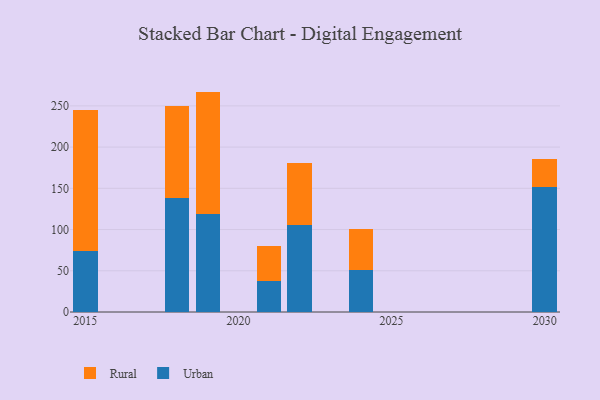
{"axis": {"x": "Year", "y": "Revenue (USD Million)"}, "legend": ["Rural", "Urban"], "data": [{"x": "2015", "y": 73.4, "type": "Urban"}, {"x": "2015", "y": 171.6, "type": "Rural"}, {"x": "2021", "y": 37.9, "type": "Urban"}, {"x": "2021", "y": 41.6, "type": "Rural"}, {"x": "2018", "y": 138.7, "type": "Urban"}, {"x": "2018", "y": 111.3, "type": "Rural"}, {"x": "2030", "y": 151.9, "type": "Urban"}, {"x": "2030", "y": 33.7, "type": "Rural"}, {"x": "2019", "y": 118.9, "type": "Urban"}, {"x": "2019", "y": 148.4, "type": "Rural"}, {"x": "2024", "y": 51.2, "type": "Urban"}, {"x": "2024", "y": 49.9, "type": "Rural"}, {"x": "2022", "y": 106.1, "type": "Urban"}, {"x": "2022", "y": 74.2, "type": "Rural"}]}